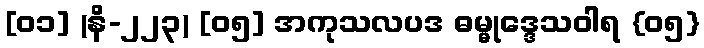
[၀၁] (နိ-၂၂၃) [၀၅] အကုသလပဒ ဓမ္မုဒ္ဒေသဝါရ {၀၅}